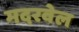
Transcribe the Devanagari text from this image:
मदरवेल